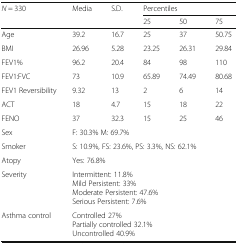
<table><thead><tr><td rowspan="2"><b><i>N</i> = 330</b></td><td rowspan="2"><b>Media</b></td><td rowspan="2"><b>S.D.</b></td><td colspan="3"><b>Percentiles</b></td></tr><tr><td><b>25</b></td><td><b>50</b></td><td><b>75</b></td></tr></thead><tbody><tr><td>Age</td><td>39.2</td><td>16.7</td><td>25</td><td>37</td><td>50.75</td></tr><tr><td>BMI</td><td>26.96</td><td>5.28</td><td>23.25</td><td>26.31</td><td>29.84</td></tr><tr><td>FEV1%</td><td>96.2</td><td>20.4</td><td>84</td><td>98</td><td>110</td></tr><tr><td>FEV1:FVC</td><td>73</td><td>10.9</td><td>65.89</td><td>74.49</td><td>80.68</td></tr><tr><td>FEV1 Reversibility</td><td>9.32</td><td>13</td><td>2</td><td>6</td><td>14</td></tr><tr><td>ACT</td><td>18</td><td>4.7</td><td>15</td><td>18</td><td>22</td></tr><tr><td>FENO</td><td>37</td><td>32.3</td><td>15</td><td>25</td><td>46</td></tr><tr><td>Sex</td><td colspan="5">F: 30.3% M: 69.7%</td></tr><tr><td>Smoker</td><td colspan="5">S: 10.9%, FS: 23.6%, PS: 3.3%, NS: 62.1%</td></tr><tr><td>Atopy</td><td colspan="5">Yes: 76.8%</td></tr><tr><td>Severity</td><td colspan="5">Intermittent: 11.8%Mild Persistent: 33%Moderate Persistent: 47.6%Serious Persistent: 7.6%</td></tr><tr><td>Asthma control</td><td colspan="5">Controlled 27%Partially controlled 32.1%Uncontrolled 40.9%</td></tr></tbody></table>